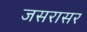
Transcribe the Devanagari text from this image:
जसरासर